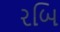
રબિ